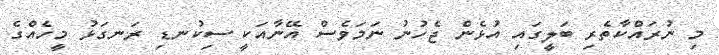
މި ނުރައްކާތެރި ބަލީގައި އުޅެން ޖެހުނު ނަމަވެސް އޭނާއަކީ ސިކުނޑި ރަނގަޅު މީހެއްގެ